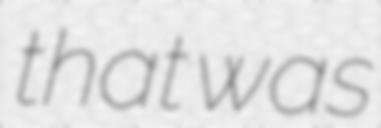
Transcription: that was